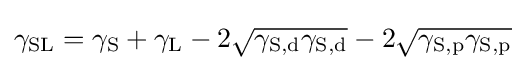
\gamma _{\mathrm {SL} }=\gamma _{\mathrm {S} }+\gamma _{\mathrm {L} }-2{\sqrt {\gamma _{\mathrm {S,d} }\gamma _{\mathrm {S,d} }}}-2{\sqrt {\gamma _{\mathrm {S,p} }\gamma _{\mathrm {S,p} }}}